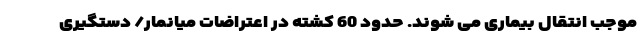
موجب انتقال بیماری می شوند. حدود 60 کشته در اعتراضات میانمار/ دستگیری